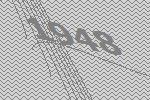
1948